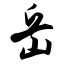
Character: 岳